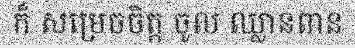
ក៏ សម្រេចចិត្ត ចូល ឈ្លានពាន